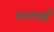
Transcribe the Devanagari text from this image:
७०वाँ